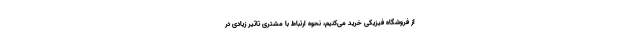
از فروشگاه فیزیکی خرید می‌کنیم، نحوه ارتباط با مشتری تاثیر زیادی در